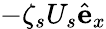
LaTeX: -\zeta_{s}U_{s}\hat{\mathbf{e}}_{x}